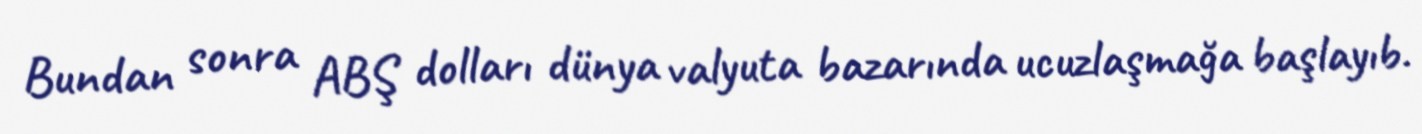
Bundan sonra ABŞ dolları dünya valyuta bazarında ucuzlaşmağa başlayıb.